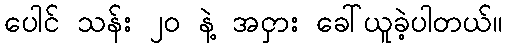
ပေါင် သန်း ၂၀ နဲ့ အငှား ခေါ်ယူခဲ့ပါတယ်။